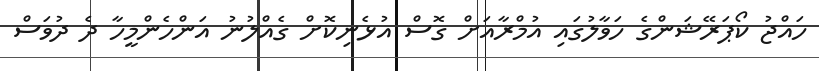
ހައްޖު ކޯޕަރޭޝަންގެ ހަވާލުގައި އުމްރާއަށް ގޮސް އުޅެނިކޮށް ގެއްލުނު އަންހެންމީހާ ދެ ދުވަސް